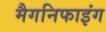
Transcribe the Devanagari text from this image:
मैगनिफाइंग